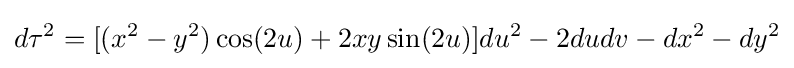
d\tau ^{2}=[(x^{2}-y^{2})\cos(2u)+2xy\sin(2u)]du^{2}-2dudv-dx^{2}-dy^{2}